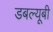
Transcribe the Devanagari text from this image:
डबल्यूबी